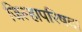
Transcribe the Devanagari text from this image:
जिल्हापरिषदा